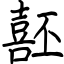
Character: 噽